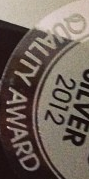
QUALITY AWARD